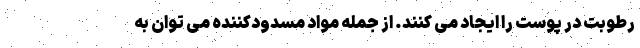
رطوبت در پوست را ایجاد می کنند. از جمله مواد مسدودکننده می توان به